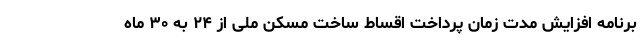
برنامه افزایش مدت زمان پرداخت اقساط ساخت مسکن ملی از ۲۴ به ۳۰ ماه